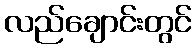
လည်ချောင်းတွင်